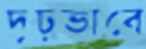
দৃঢ়ভাবে